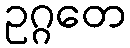
ဥဂ္ဂတေ